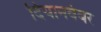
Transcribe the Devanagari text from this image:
दियानवंबर